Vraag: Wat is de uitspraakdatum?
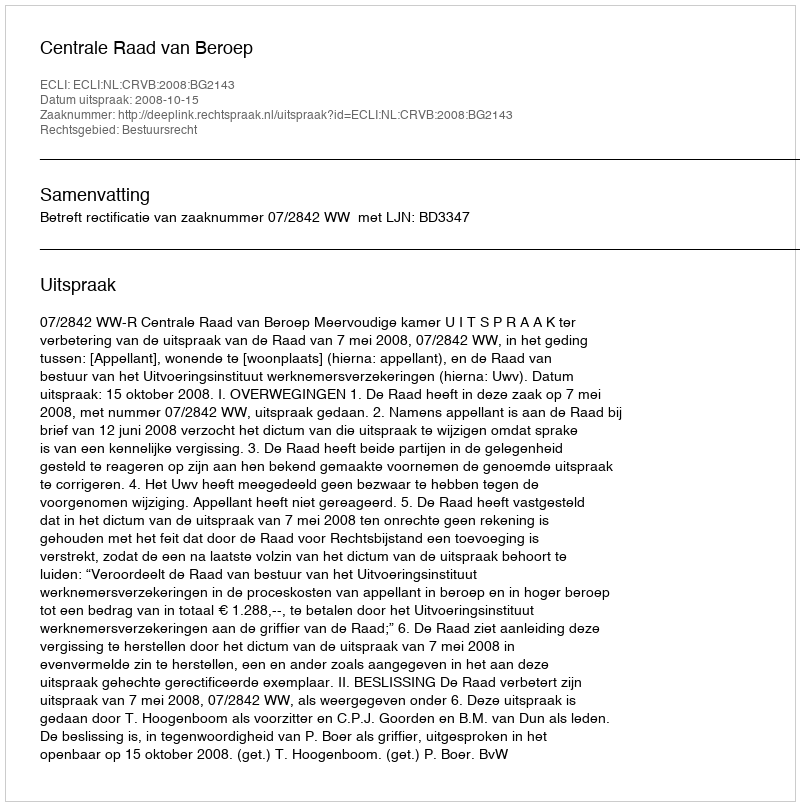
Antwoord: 2008-10-15